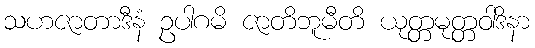
သဟဇာတာဒီနံ ဥပါဂမိ ဇာတိဘူမီတိ ယုတ္တမုတ္တဝါဒိနာ